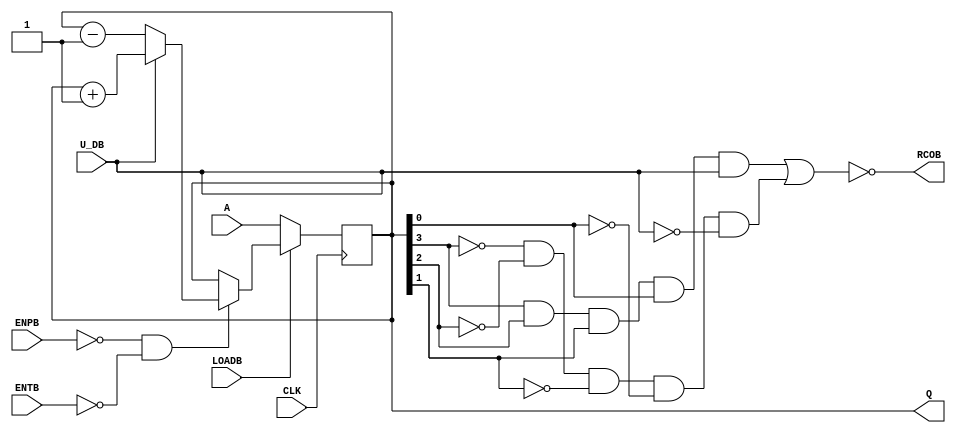
module sn74169(
           input  [3:0] A,  
           input  U_DB, input CLK, input ENPB, input ENTB, input LOADB,
	   output reg [3:0] Q,
	   output RCOB
    );

 // loadb=0: load
 // NOR(enpb, entb) and U_DB: count up
 //                and !U_DB: count down

    always @(posedge CLK)
	begin
        if(!LOADB)
     		Q = A;
	else
		if (!ENPB && !ENTB)
			if(U_DB)
				Q=Q+1;
			else
				Q=Q-1;
		end

	assign RCOB = !( (Q[3]&Q[2]&Q[1]&Q[0]&U_DB) | (!Q[3]&!Q[2]&!Q[1]&!Q[0]&!U_DB));


endmodule